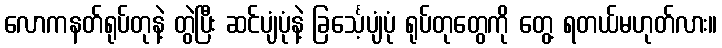
လောကနတ်ရုပ်တုနဲ့ တွဲပြီး ဆင်ပျံပုံနဲ့ ခြင်္သေ့ပျံပုံ ရုပ်တုတွေကို တွေ့ ရတယ်မဟုတ်လား။